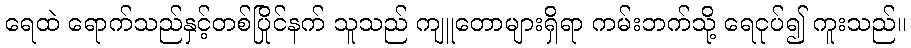
ရေထဲ ရောက်သည်နှင့်တစ်ပြိုင်နက် သူသည် ကျူတောများရှိရာ ကမ်းဘက်သို့ ရေငုပ်၍ ကူးသည်။